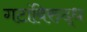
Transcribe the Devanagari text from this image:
गटांविरुद्ध